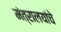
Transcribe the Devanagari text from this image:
मंत्रालयांचे